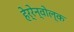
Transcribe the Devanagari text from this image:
हेर्रेन्वोल्क